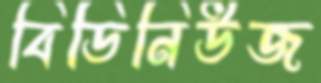
বিডিনিউজ